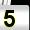
Digit: 5